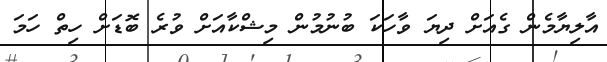
އާލިޔާމެން ގެއަށް ދިޔަ ވާހަކަ ބުނުމުން މިޝްކާއަށް ވުރެ ބޮޑަށް ހިތް ހަމަ